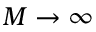
M \rightarrow \infty